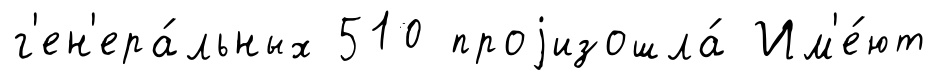
г'ен'ера́льных 510 проjизошла́ Им'е́ют